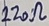
Text: 220Ω